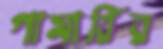
গামারির